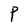
Character: P